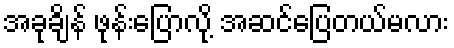
အခုချိန် ဖုန်းပြောလို့ အဆင်ပြေတယ်မလား